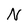
Character: N